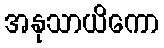
အနုသာယိကော